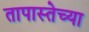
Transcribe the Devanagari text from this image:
तापास्तेच्या